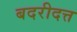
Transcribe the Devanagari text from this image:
बदरीदत्त